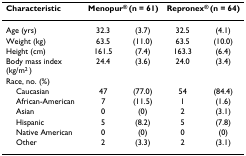
<table><thead><tr><td><b>Characteristic</b></td><td colspan="2"><b>Menopur<sup>® </sup>(n = 61)</b></td><td colspan="2"><b>Repronex<sup>® </sup>(n = 64)</b></td></tr></thead><tbody><tr><td>Age (yrs)</td><td>32.3</td><td>(3.7)</td><td>32.5</td><td>(4.1)</td></tr><tr><td>Weight (kg)</td><td>63.5</td><td>(11.0)</td><td>63.5</td><td>(10.0)</td></tr><tr><td>Height (cm)</td><td>161.5</td><td>(7.4)</td><td>163.3</td><td>(6.4)</td></tr><tr><td>Body mass index(kg/m<sup>2 </sup>)</td><td>24.4</td><td>(3.6)</td><td>24.0</td><td>(3.4)</td></tr><tr><td>Race, no. (%)</td><td></td><td></td><td></td><td></td></tr><tr><td> Caucasian</td><td>47</td><td>(77.0)</td><td>54</td><td>(84.4)</td></tr><tr><td> African-American</td><td>7</td><td>(11.5)</td><td>1</td><td>(1.6)</td></tr><tr><td> Asian</td><td>0</td><td>(0)</td><td>2</td><td>(3.1)</td></tr><tr><td> Hispanic</td><td>5</td><td>(8.2)</td><td>5</td><td>(7.8)</td></tr><tr><td> Native American</td><td>0</td><td>(0)</td><td>0</td><td>(0)</td></tr><tr><td> Other</td><td>2</td><td>(3.3)</td><td>2</td><td>(3.1)</td></tr></tbody></table>